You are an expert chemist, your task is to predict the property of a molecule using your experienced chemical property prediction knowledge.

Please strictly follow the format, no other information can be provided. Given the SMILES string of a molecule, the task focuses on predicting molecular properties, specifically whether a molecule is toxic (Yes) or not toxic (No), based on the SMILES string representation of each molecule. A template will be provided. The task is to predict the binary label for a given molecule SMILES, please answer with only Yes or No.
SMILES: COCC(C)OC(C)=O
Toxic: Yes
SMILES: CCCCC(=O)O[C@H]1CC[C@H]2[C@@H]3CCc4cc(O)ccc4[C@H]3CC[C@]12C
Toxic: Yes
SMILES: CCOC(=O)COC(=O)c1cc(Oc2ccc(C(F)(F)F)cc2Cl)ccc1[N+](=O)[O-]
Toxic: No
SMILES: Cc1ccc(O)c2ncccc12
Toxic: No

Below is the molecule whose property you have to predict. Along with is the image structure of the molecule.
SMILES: Cc1scc2c1N(C(=O)CN1CCN(C)CC1)c1ccccc1NC2=O
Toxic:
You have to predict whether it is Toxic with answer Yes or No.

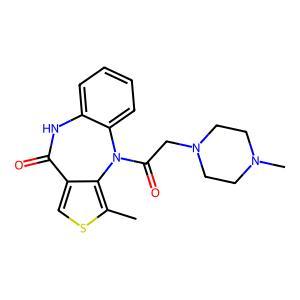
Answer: No